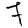
Digit: 7